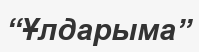
“Ұлдарыма”